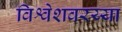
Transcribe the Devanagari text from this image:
विश्वेशवरय्या